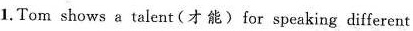
1.Tom shows a talent(才能) for speaking different